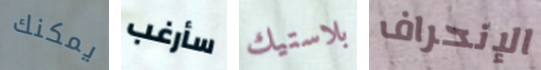
يمكنك سأرغب بلاستيك الإنحراف